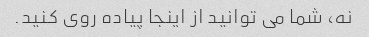
نه، شما می توانید از اینجا پیاده روی کنید.